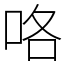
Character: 咯